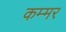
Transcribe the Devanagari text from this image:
कम्मर